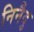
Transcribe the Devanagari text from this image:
निनैदु